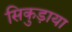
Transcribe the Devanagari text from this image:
सिकुड़ाया